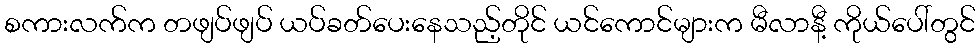
စကားလက်က တဖျပ်ဖျပ် ယပ်ခတ်ပေးနေသည့်တိုင် ယင်ကောင်များက မီလာနီ့ ကိုယ်ပေါ်တွင်